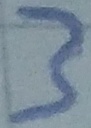
Text: 3